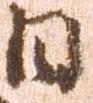
日